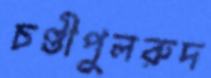
চণ্ডীপুলরুদ